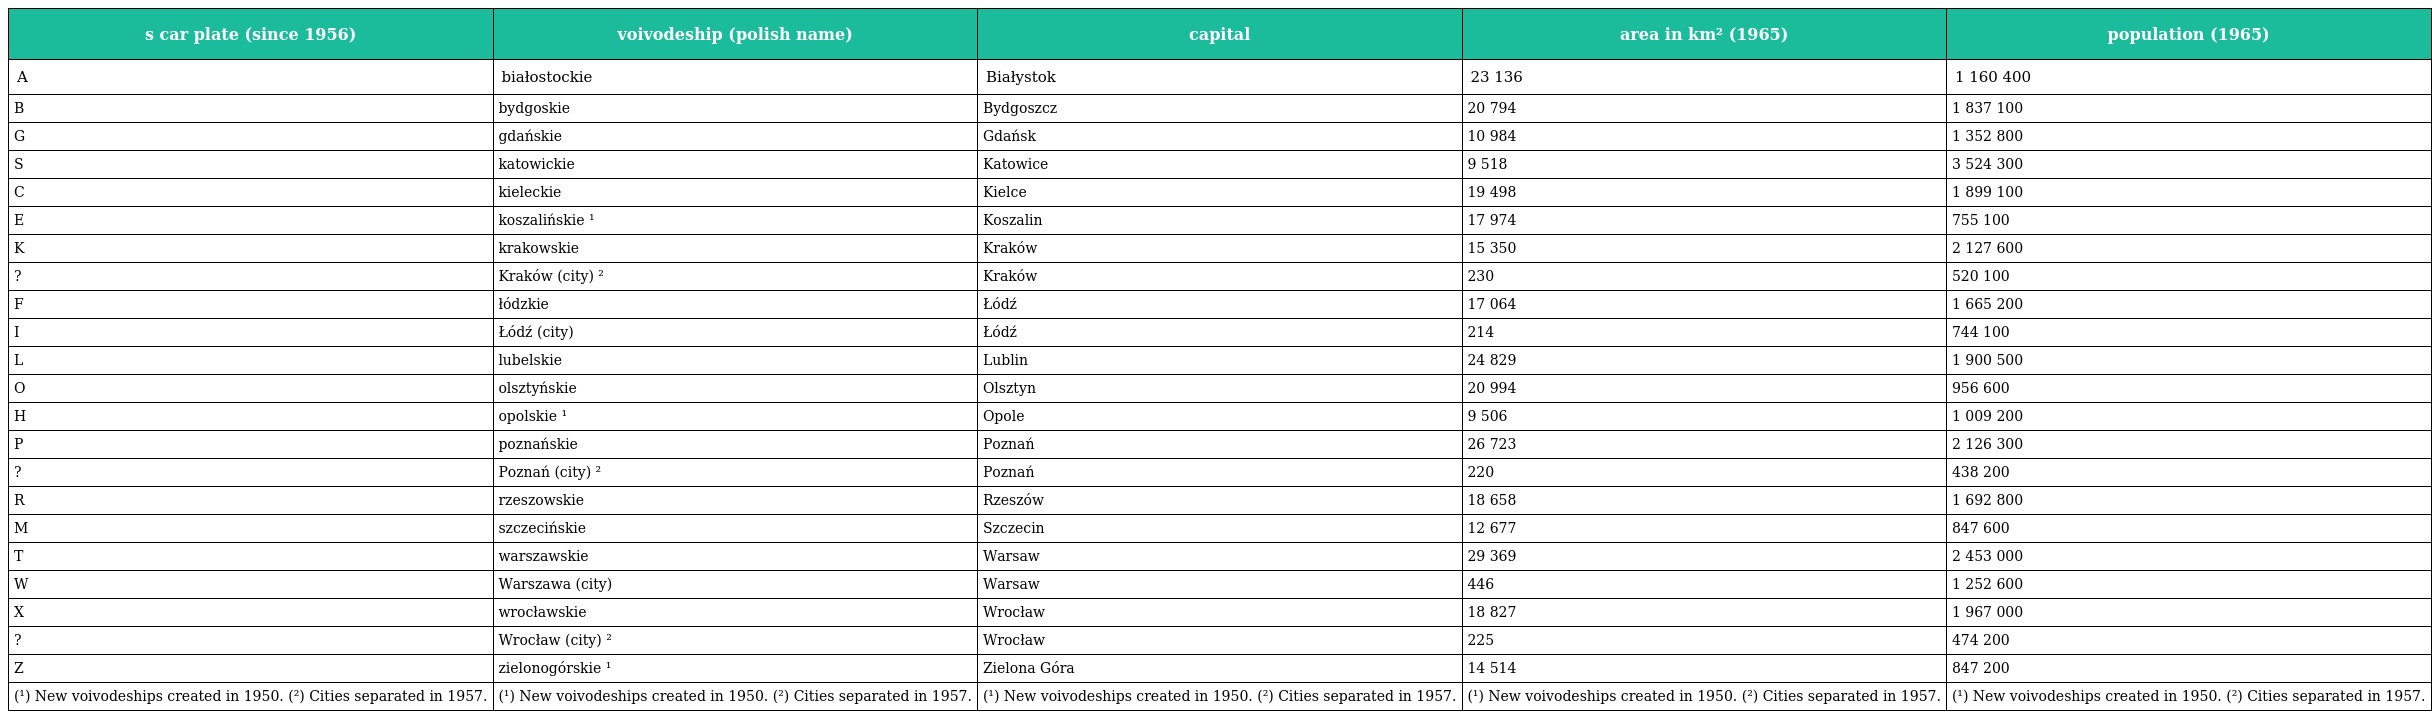
| s car plate (since 1956) | voivodeship (polish name) | capital | area in km² (1965) | population (1965) |
 | --- | --- | --- | --- | --- |
 | A | białostockie | Białystok | 23 136 | 1 160 400 |
 | B | bydgoskie | Bydgoszcz | 20 794 | 1 837 100 |
 | G | gdańskie | Gdańsk | 10 984 | 1 352 800 |
 | S | katowickie | Katowice | 9 518 | 3 524 300 |
 | C | kieleckie | Kielce | 19 498 | 1 899 100 |
 | E | koszalińskie ¹ | Koszalin | 17 974 | 755 100 |
 | K | krakowskie | Kraków | 15 350 | 2 127 600 |
 | ? | Kraków (city) ² | Kraków | 230 | 520 100 |
 | F | łódzkie | Łódź | 17 064 | 1 665 200 |
 | I | Łódź (city) | Łódź | 214 | 744 100 |
 | L | lubelskie | Lublin | 24 829 | 1 900 500 |
 | O | olsztyńskie | Olsztyn | 20 994 | 956 600 |
 | H | opolskie ¹ | Opole | 9 506 | 1 009 200 |
 | P | poznańskie | Poznań | 26 723 | 2 126 300 |
 | ? | Poznań (city) ² | Poznań | 220 | 438 200 |
 | R | rzeszowskie | Rzeszów | 18 658 | 1 692 800 |
 | M | szczecińskie | Szczecin | 12 677 | 847 600 |
 | T | warszawskie | Warsaw | 29 369 | 2 453 000 |
 | W | Warszawa (city) | Warsaw | 446 | 1 252 600 |
 | X | wrocławskie | Wrocław | 18 827 | 1 967 000 |
 | ? | Wrocław (city) ² | Wrocław | 225 | 474 200 |
 | Z | zielonogórskie ¹ | Zielona Góra | 14 514 | 847 200 |
 | (¹) New voivodeships created in 1950. (²) Cities separated in 1957. | (¹) New voivodeships created in 1950. (²) Cities separated in 1957. | (¹) New voivodeships created in 1950. (²) Cities separated in 1957. | (¹) New voivodeships created in 1950. (²) Cities separated in 1957. | (¹) New voivodeships created in 1950. (²) Cities separated in 1957. |